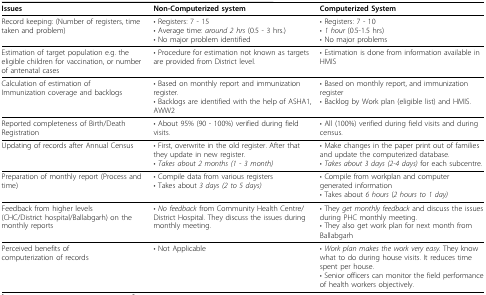
| Issues | Non-Computerized system | Computerized System |
 | --- | --- | --- |
 | Record keeping: (Number of registers, time taken and problem) | • Registers: 7 - 15• Average time: around 2 hrs (0.5 - 3 hrs.)• No major problem identified | • Registers: 7 - 10• 1 hour (0.5-1.5 hrs)• No major problems |
 | Estimation of target population e.g. the eligible children for vaccination, or number of antenatal cases | • Procedure for estimation not known as targets are provided from District level. | • Estimation is done from information available in HMIS |
 | Calculation of estimation ofImmunization coverage and backlogs | • Based on monthly report and immunization register.• Backlogs are identified with the help of ASHA1, AWW2 | • Based on monthly report, and immunization register• Backlog by Work plan (eligible list) and HMIS. |
 | Reported completeness of Birth/Death Registration | • About 95% (90 - 100%) verified during field visits. | • All (100%) verified during field visits and during census. |
 | Updating of records after Annual Census | • First, overwrite in the old register. After that they update in new register.• Takes about 2 months (1 - 3 month) | • Make changes in the paper print out of families and update the computerized database.• Takes about 3 days (2-4 days) for each subcentre. |
 | Preparation of monthly report (Process and time) | • Compile data from various registers• Takes about 3 days (2 to 5 days) | • Compile from workplan and computer generated information• Takes about 6 hours (2 hours to 1 day) |
 | Feedback from higher levels(CHC/District hospital/Ballabgarh) on the monthly reports | • No feedback from Community Health Centre/District Hospital. They discuss the issues during monthly meeting. | • They get monthly feedback and discuss the issues during PHC monthly meeting.• They also get work plan for next month from Ballabgarh |
 | Perceived benefits ofcomputerization of records | • Not Applicable | • Work plan makes the work very easy. They know what to do during house visits. It reduces time spent per house.• Senior officers can monitor the field performance of health workers objectively. |